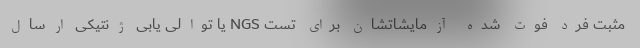
مثبت فرد فوت شده آزمایشاتشان برای تست NGS یا توالی یابی ژنتیکی ارسال